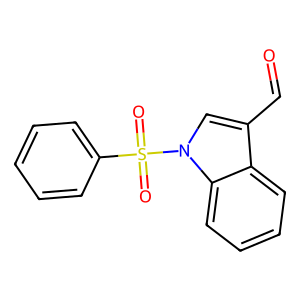
SMILES: O=Cc1cn(S(=O)(=O)c2ccccc2)c2ccccc12
Inhibits HIV replication: No